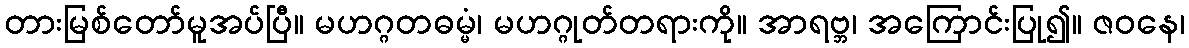
တားမြစ်တော်မူအပ်ပြီ။ မဟဂ္ဂတဓမ္မံ၊ မဟဂ္ဂုတ်တရားကို။ အာရဗ္ဘ၊ အကြောင်းပြု၍။ ဇဝနေ၊